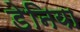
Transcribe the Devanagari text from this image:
डेनिया